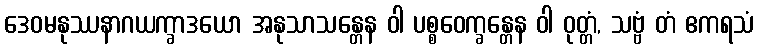
ဒေဝမနုဿနာဂယက္ခာဒယော အနုသာသန္တေန ဝါ ပစ္စဝေက္ခန္တေန ဝါ ဝုတ္တံ, သဗ္ဗံ တံ ဧကရသံ